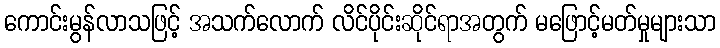
ကောင်းမွန်လာသဖြင့် အသက်လောက် လိင်ပိုင်းဆိုင်ရာအတွက် မဖြောင့်မတ်မှုများသာ